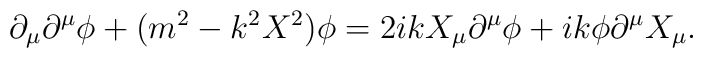
\partial_\mu \partial^\mu \phi + (m^2- k^2X^2)\phi = 2ikX_\mu \partial^\mu \phi+ ik \phi  \partial^\mu X_\mu.